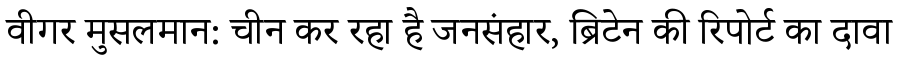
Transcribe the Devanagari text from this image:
वीगर मुसलमान: चीन कर रहा है जनसंहार, ब्रिटेन की रिपोर्ट का दावा